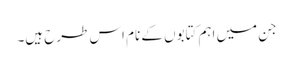
جن میں اہم کتابوں کے نام اس طرح ہیں۔